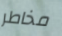
مخاطر